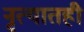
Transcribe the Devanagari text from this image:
नृत्यातही